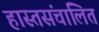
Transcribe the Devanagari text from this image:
हास्तसंचालित